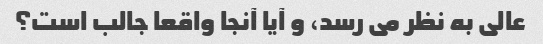
عالی به نظر می رسد، و آیا آنجا واقعا جالب است؟